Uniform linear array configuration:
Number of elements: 4
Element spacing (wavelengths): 0.5
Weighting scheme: hann
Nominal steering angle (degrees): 15
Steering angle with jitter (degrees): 13.267
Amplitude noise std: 0.05
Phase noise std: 0.05

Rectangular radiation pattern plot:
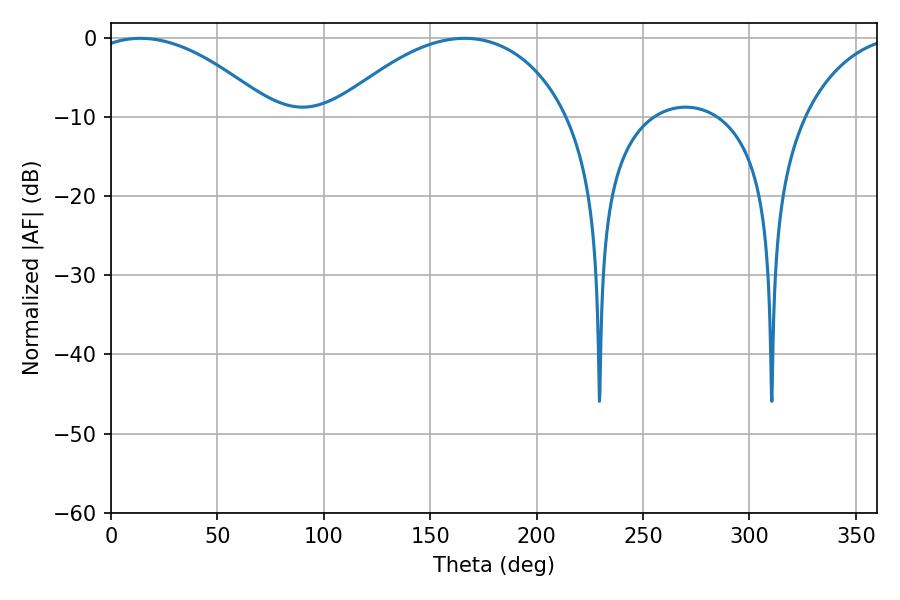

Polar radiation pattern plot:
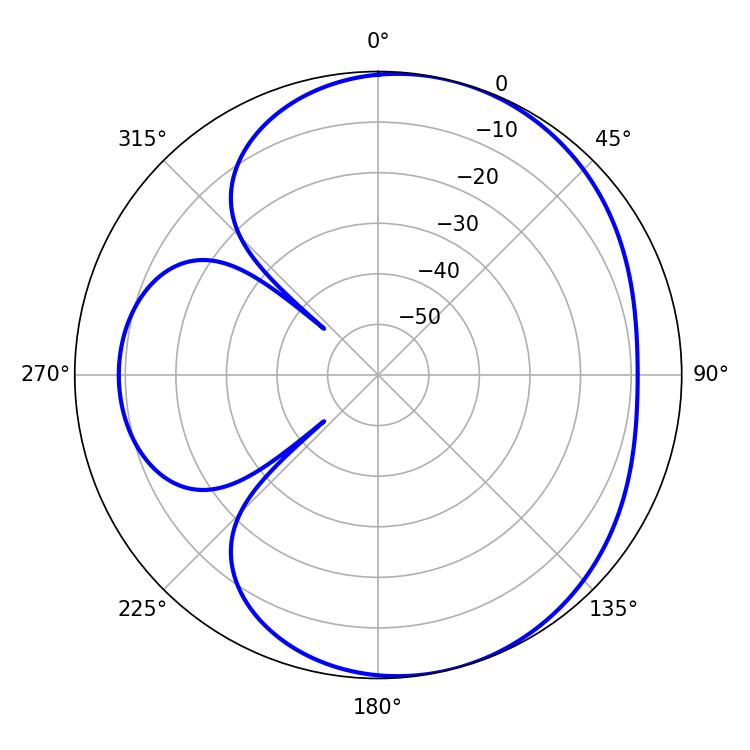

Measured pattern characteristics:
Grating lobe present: FALSE
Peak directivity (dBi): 5.155
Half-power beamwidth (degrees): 47.52
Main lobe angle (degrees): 13.86